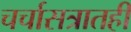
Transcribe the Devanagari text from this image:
चर्चासत्रातही